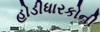
હોડીધારકોની